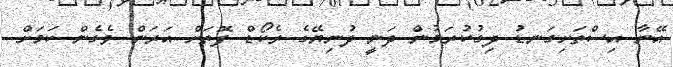
އޭނާ އިސްތަށިގަނޑު ދިގުކުރަމުން ދަނީ ދުނިޔޭގެ ރެކޯޑް ފޮތަށް އަރަން ވެގެން ކަމަށް